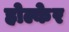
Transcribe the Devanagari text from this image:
होल्केर